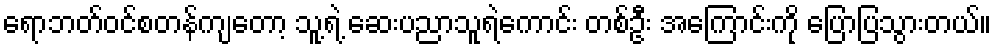
ရောဘတ်ဝင်စတန်ကျတော့ သူ့ရဲ့ ဆေးပညာသူရဲကောင်း တစ်ဦး အကြောင်းကို ပြောပြသွားတယ်။